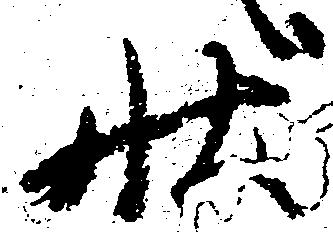
状